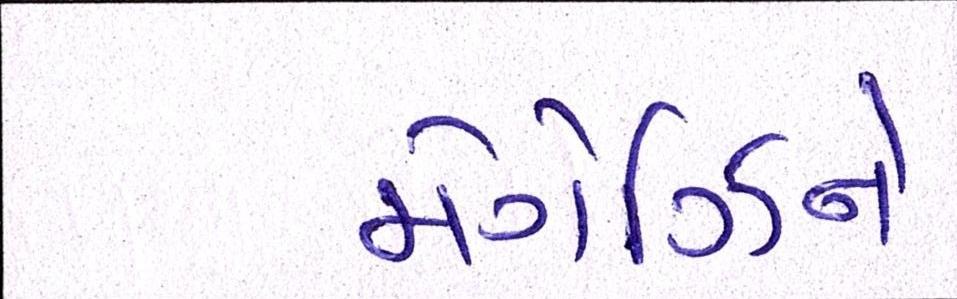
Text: મેગેઝિને